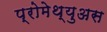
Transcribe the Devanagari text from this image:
प्रोमेथ्युअस